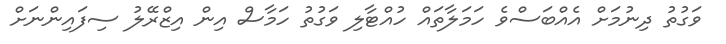
ވަގުތު ދިނުމަށް އެއްބަސްވެ ހަމަލާތައް ހުއްޓާލި ވަގުތު ހަމާސް އިން އިޒްރޭލު ސިފައިންނަށް